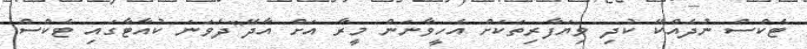
ޓެކްސް ނުދެއްކޭ ކުދި ވިޔަފާރިތަކަށް އެހީވާނަން މީރާ އަށް އާދޭ"ދެވަނަ ކުއާޓާގައި ޓެކްސް